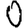
Digit: 0